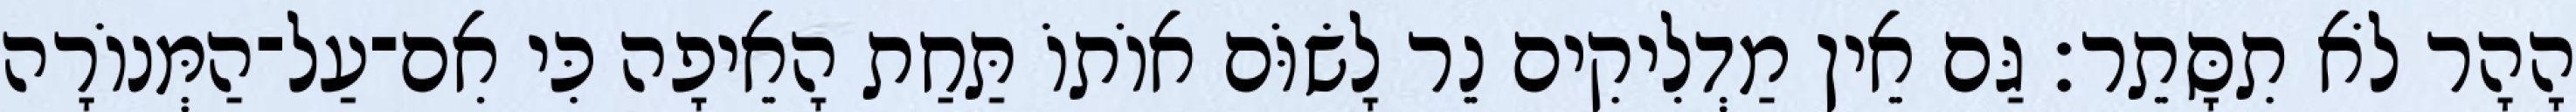
הָהָר לֹא תִסָּתֵר׃ גַּם אֵין מַדְלִיקִים נֵר לָשׂוֹּם אוֹתוֹ תַּחַת הָאֵיפָה כִּי אִם־עַל־הַמְּנוֹרָה